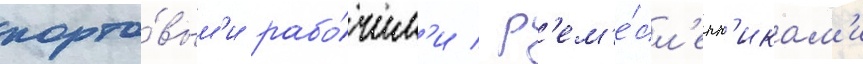
порто́вым'и рабо́чим'и / р'ем'е́сл'енн'икам'и